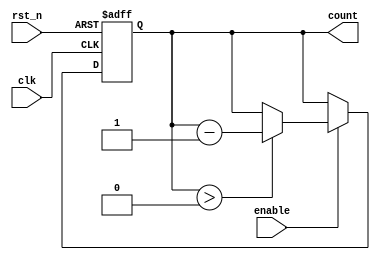
module BinaryDownCounter (
    input wire clk,          // Clock input
    input wire rst_n,       // Asynchronous reset (active low)
    input wire enable,      // Enable signal for counting
    output reg [N-1:0] count // Current count value
);
    parameter N = 3; // Number of bits for the counter (set to 3 for a 3-bit counter)

    // Asynchronous reset and counting logic
    always @(posedge clk or negedge rst_n) begin
        if (!rst_n) begin
            count <= (1 << N) - 1; // Initialize count to max value (2^N - 1)
        end else if (enable) begin
            if (count > 0) begin
                count <= count - 1; // Decrement the count
            end
        end
    end
endmodule